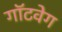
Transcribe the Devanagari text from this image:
गॉटवेग